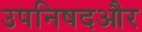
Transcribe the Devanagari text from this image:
उपनिषदऔर